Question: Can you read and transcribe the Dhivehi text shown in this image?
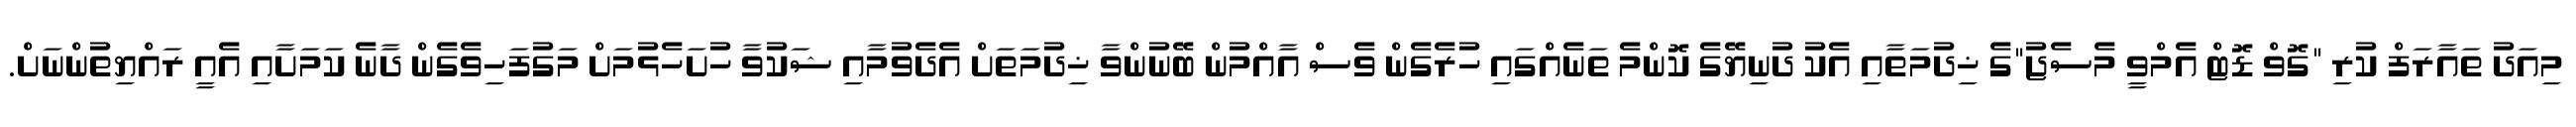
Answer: މިއަދު ތައާރަފް ކުރި "ގޮވް ޑޮޓް އެމްވީ މެސެޖު"ގެ ޚިދުމަތާއި އެކު ދުނިޔޭގެ ކޮންމެ ތަނެއްގައި ހުރެގެން ވެސް އާއްމުން ބޭނުންވާ ޚިދުމަތަށް އެދެވުމާއި ޝަކުވާ ހުށަހެޅުމަށް މަގުފަހިވެގެން ދާނެ ކަމަށާއި އެއީ ރައްޔިތުންނަށް.